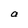
Character: a